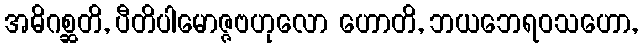
အဓိဂစ္ဆတိ, ပီတိပါမောဇ္ဇဗဟုလော ဟောတိ, ဘယဘေရဝသဟော,